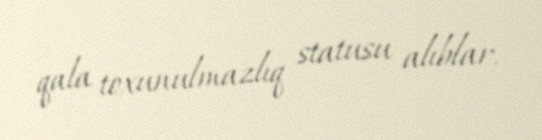
qala toxunulmazlıq statusu alıblar.